Report on the working of the Ranchi Indian Mental Hospital, Kanke, in Bihar and Orissa - 1930-1940
Year: 1930
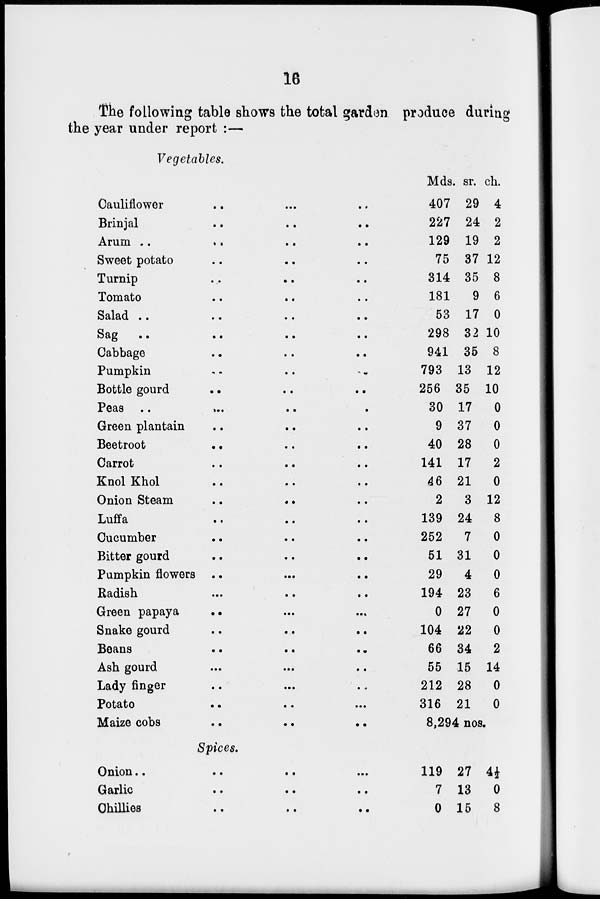
16
The following table shows the total garden produce during
the year under report :—
Vegetables.
Cauliflower .. ... ..
Brinjal .. .. ..
Arum .. .. .. ..
Sweet potato .. .. ..
Turnip .. .. ..
Tomato .. .. ..
Salad
..
..
..
..
Sag
..
..
..
..
Cabbage .. .. ..
Pumpkin .. .. ..
Bottle gourd .. .. ..
Peas
..
...
..
.
Green plantain .. .. ..
Beetroot .. .. ..
Carrot
..
..
..
Knol Khol .. .. ..
Onion Steam
..
..
..
Luffa
..
..
..
Cucumber .. .. ..
Bitter gourd
..
..
..
Pumpkin flowers .. ... ..
Radish ... .. ..
Green papaya .. .. ..
Snake gourd .. .. ..
Beans .. .. ..
Ash gourd .. ... ..
Lady finger .. ..
...
Potato .. .. ...
Maize cobs
..
..
..
Mds.
407
227
129
75
314
181
53
298
941
793
256
30
9
40
141
46
2
139
252
51
29
194
0
104
66
55
212
316
sr.
29
24
19
37
35
9
17
32
35
13
35
17
37
28
17
21
3
24
7
31
4
23
27
22
34
15
28
21
ch.
4
2
2
12
8
6
0
10
8
12
10
0
0
0
2
0
12
8
0
0
0
6
0
0
2
14
0
0
8,294 nos.
Spices.
Onion..
..
..
...
Garlic .. .. ..
Chillies
..
..
..
119
7
0
27
13
15
4½
0
8